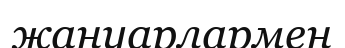
жануарлармен